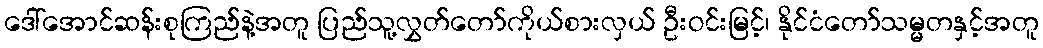
ဒေါ်အောင်ဆန်းစုကြည်နဲ့အတူ ပြည်သူ့လွှတ်တော်ကိုယ်စားလှယ် ဦးဝင်းမြင့်၊ နိုင်ငံတော်သမ္မတနှင့်အတူ